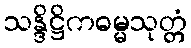
သန္ဒိဋ္ဌိကဓမ္မသုတ္တံ